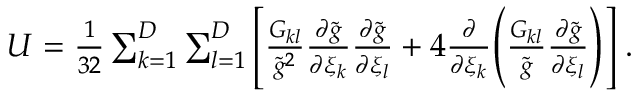
\begin{array} { r } { U = \frac { 1 } { 3 2 } \sum _ { k = 1 } ^ { D } \sum _ { l = 1 } ^ { D } \Bigg [ \frac { G _ { k l } } { \tilde { g } ^ { 2 } } \frac { \partial \tilde { g } } { \partial \xi _ { k } } \frac { \partial \tilde { g } } { \partial \xi _ { l } } + 4 \frac { \partial } { \partial \xi _ { k } } \Bigg ( \frac { G _ { k l } } { \tilde { g } } \frac { \partial \tilde { g } } { \partial \xi _ { l } } \Bigg ) \Bigg ] \; . } \end{array}